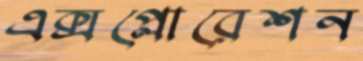
এক্সপ্লোরেশন